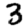
Digit: 3